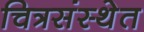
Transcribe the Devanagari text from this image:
चित्रसंस्थेत